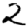
Digit: 2